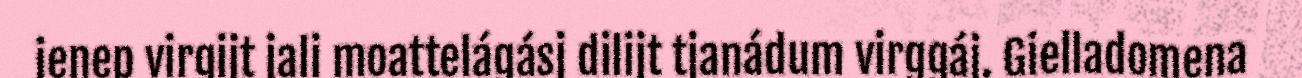
ienep virgijt jali moattelágásj dilijt tjanádum virggáj. Gielladomena